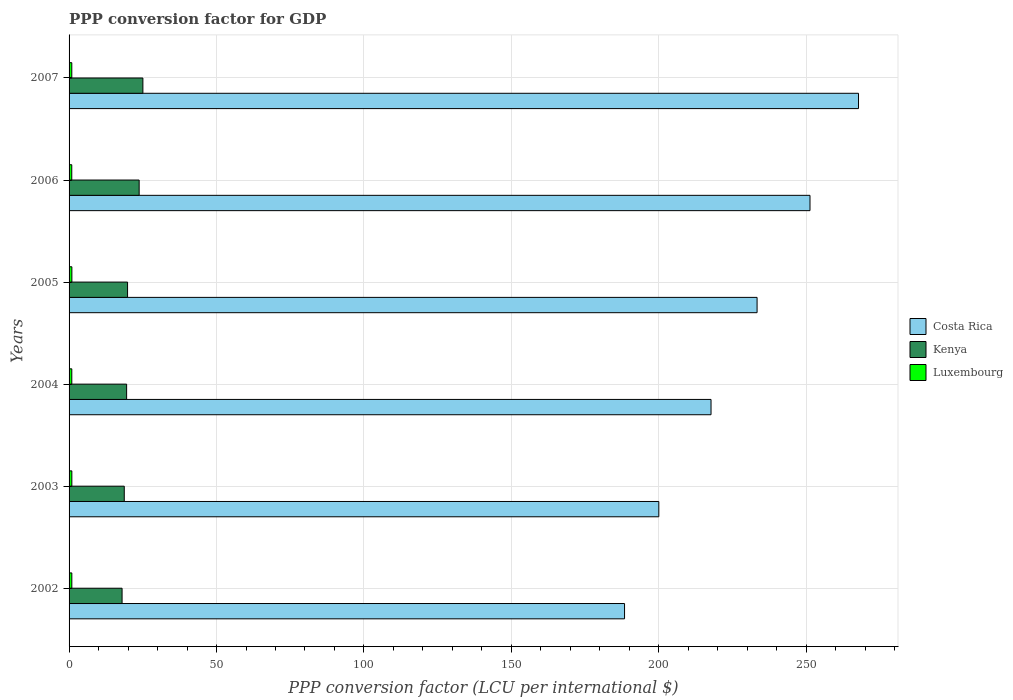
| Years | Costa Rica | Kenya | Luxembourg |
 | --- | --- | --- | --- |
 | 2002 | 188 | 18 | 0.934 |
 | 2003 | 200 | 18.7 | 0.941 |
 | 2004 | 218 | 19.5 | 0.922 |
 | 2005 | 233 | 19.8 | 0.953 |
 | 2006 | 251 | 23.8 | 0.914 |
 | 2007 | 268 | 25 | 0.924 |